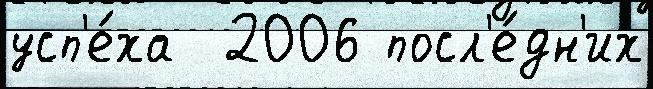
усп'е́ха  2006 посл'е́дн'их